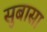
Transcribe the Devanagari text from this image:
सुबासा